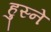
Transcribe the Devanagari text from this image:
हुस्ने